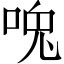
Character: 𰇳